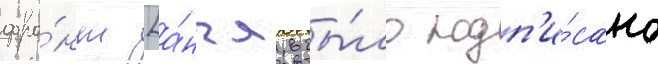
фро́нт [а́нгл. бы́ло подп'и́сано